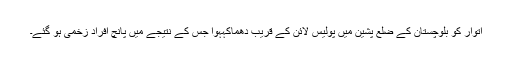
اتوار کو بلوچستان کے ضلع پشین میں پولیس لائن کے قریب دھماکہہوا جس کے نتیجے میں پانچ افراد زخمی ہو گئے۔